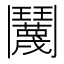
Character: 𬴱